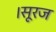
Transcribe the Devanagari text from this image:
।सूरज